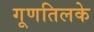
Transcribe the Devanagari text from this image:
गूणतिलके